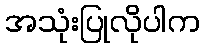
အသုံးပြုလိုပါက